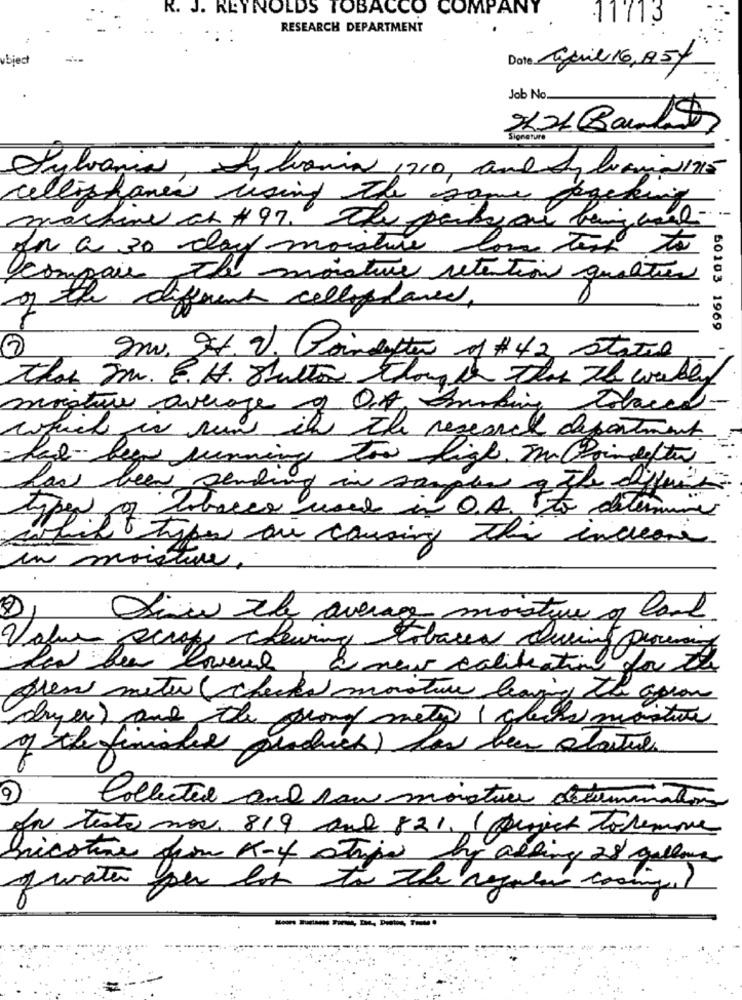
R. J. REYNOLDS TOBACCO COMPANY
11713
RESEARCH DEPARTMENT
april 16,95/
Job No.
ignature
Sylvania, Py lonia 1210, and dy laniai25
cellophanee using the same
machine ab # 97. The party on being used
fn a 30 day moisture
low temp to
compare the moisture retention quartier
of the diferent cellophane
60103 1969
matter of # 42 Statil
that Im. E. H. Sutton though this the water
misture average of Of making
which is run it the research department.
had been running tow figh. The Paindefter
have been sending in sample of the differi
types of tobacco used in O.A. 5 to deter
hil t types ou causing this increase
in moisture,
Sim the average moistur of land.
Value scrape chewing
has been however, a new calibration for the
Aren meter ( checks moisture leaving the apron
dryer) and the prong math class martin
of the finished product) has been statues
6
9
Collected and how moisture delamination
Ja testo nos, 819 and 821. ( punjich toremone
Inicotine from A-4 strips by adding 28 gallons
ofwater per lob to the regular coming!